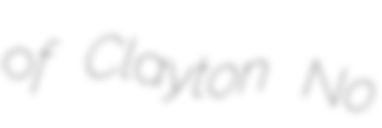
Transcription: of Clayton No